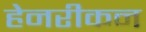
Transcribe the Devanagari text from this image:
हेनरीकन